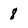
Character: 8